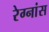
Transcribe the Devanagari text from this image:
रेग्नांस